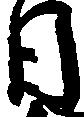
日